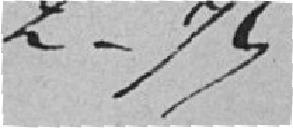
2,75